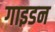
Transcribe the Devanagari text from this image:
गाइडन